Indian journal of veterinary science and animal husbandry - Volume 14,
Year: 1944
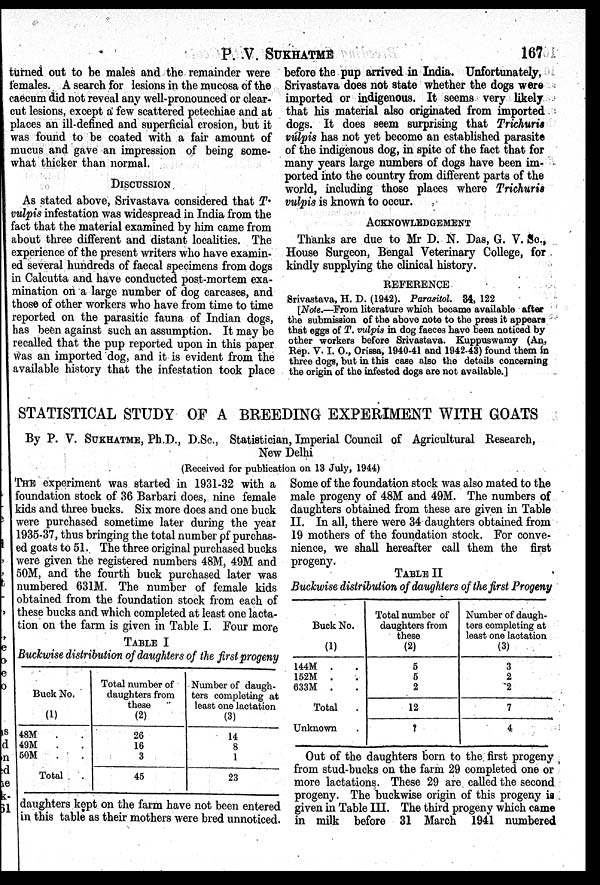
P. V. SUKHATME
167
turned out to be males and the remainder were
females. A search for lesions in the mucosa of the
caecum did not reveal any well-pronounced or clear-
cut lesions, except a few scattered petechiae and at
places an ill-defined and superficial erosion, but it
was found to be coated with a fair amount of
mucus and gave an impression of being some-
what thicker than normal.
DISCUSSION
As stated above, Srivastava considered that T.
vulpis infestation was widespread in India from the
fact that the material examined by him came from
about three different and distant localities. The
experience of the present writers who have examin-
ed several hundreds of faecal specimens from dogs
in Calcutta and have conducted post-mortem exa-
mination on a large number of dog carcases, and
those of other workers who have from time to time
reported on the parasitic fauna of Indian dogs,
has been against such an assumption. It may be
recalled that the pup reported upon in this paper
was an imported dog, and it is evident from the
available history that the infestation took place
before the pup arrived in India. Unfortunately,
Srivastava does not state whether the dogs were
imported or indigenous. It seems very likely
that his material also originated from imported
dogs. It does seem surprising that Trichuris
vulpis has not yet become an established parasite
of the indigenous dog, in spite of the fact that for
many years large numbers of dogs have been im-
ported into the country from different parts of the
world, including those places where Trichuris
vulpis is known to occur.
ACKNOWLEDGEMENT
Thanks are due to Mr D. N. Das, G. V. Sc.,
House Surgeon, Bengal Veterinary College, for
kindly supplying the clinical history.
REFERENCE
Srivastava, H. D. (1942). Parasitol. 34, 122
[Note.—From literature which became available after
the submission of the above note to the press it appears
that eggs of T. vulpis in dog faeces have been noticed by
other workers before Srivastava. Kuppuswamy (An.
Rep. V. I. O., Orissa, 1940-41 and 1942-43) found them in
three dogs, but in this case also the details concerning
the origin of the infested dogs are not available.]
STATISTICAL STUDY OF A BREEDING EXPERIMENT WITH GOATS
By P. V. SUKHATME, Ph.D., D.Sc., Statistician, Imperial Council of Agricultural Research,
New Delhi
(Received for publication on 13 July, 1944)
THE experiment was started in 1931-32 with a
foundation stock of 36 Barbari does, nine female
kids and three bucks. Six more does and one buck
were purchased sometime later during the year
1935-37, thus bringing the total number of purchas-
ed goats to 51. The three original purchased bucks
were given the registered numbers 48M, 49M and
50M, and the fourth buck purchased later was
numbered 631M. The number of female kids
obtained from the foundation stock from each of
these bucks and which completed at least one lacta-
tion on the farm is given in Table I. Four more
TABLE I
Buckwise distribution of daughters of the first progeny
Buck No.
(1)
48M . .
49M . .
50M . .
Total .
Total number of
daughters from
these
(2)
26
16
3
45
Number of daugh-
ters completing at
least one lactation
(3)
14
8
1
23
daughters kept on the farm have not been entered
in this table as their mothers were bred unnoticed.
Some of the foundation stock was also mated to the
male progeny of 48M and 49M. The numbers of
daughters obtained from these are given in Table
II. In all, there were 34 daughters obtained from
19 mothers of the foundation stock. For conve-
nience, we shall hereafter call them the first
progeny.
TABLE II
Buckwise distribution of daughters of the first Progeny
Buck No.
(1)
144M . .
152M . .
633M . .
Total .
Unknown .
Total number of
daughters from
these
(2)
5
5
2
12
?
Number of daugh-
ters completing at
least one lactation
(3)
3
2
2
7
4
Out of the daughters born to the first progeny
from stud-bucks on the farm 29 completed one or
more lactations. These 29 are called the second
progeny. The buckwise origin of this progeny is
given in Table III. The third progeny which came
in milk before 31 March 1941 numbered